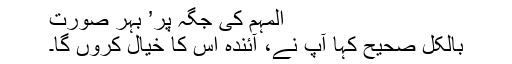
المہم کی جگہ پر’ بہر صورت
بالکل صحیح کہا آپ نے، آئندہ اس کا خیال کروں گا۔